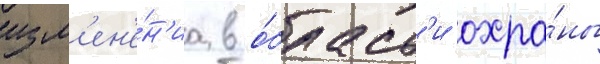
изм'ен'е́н'иа в о́бласт'и охра́ны